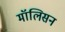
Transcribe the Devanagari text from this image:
मॉलिसन